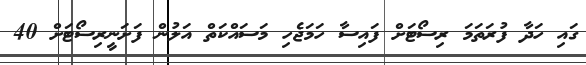
ގައި ހަދާ ފުރަތަމަ ރިސޯޓަށް ފައިސާ ހަމަޖެހި މަސައްކަތް އަލުން ފަށަނީރިސޯޓަށް 40